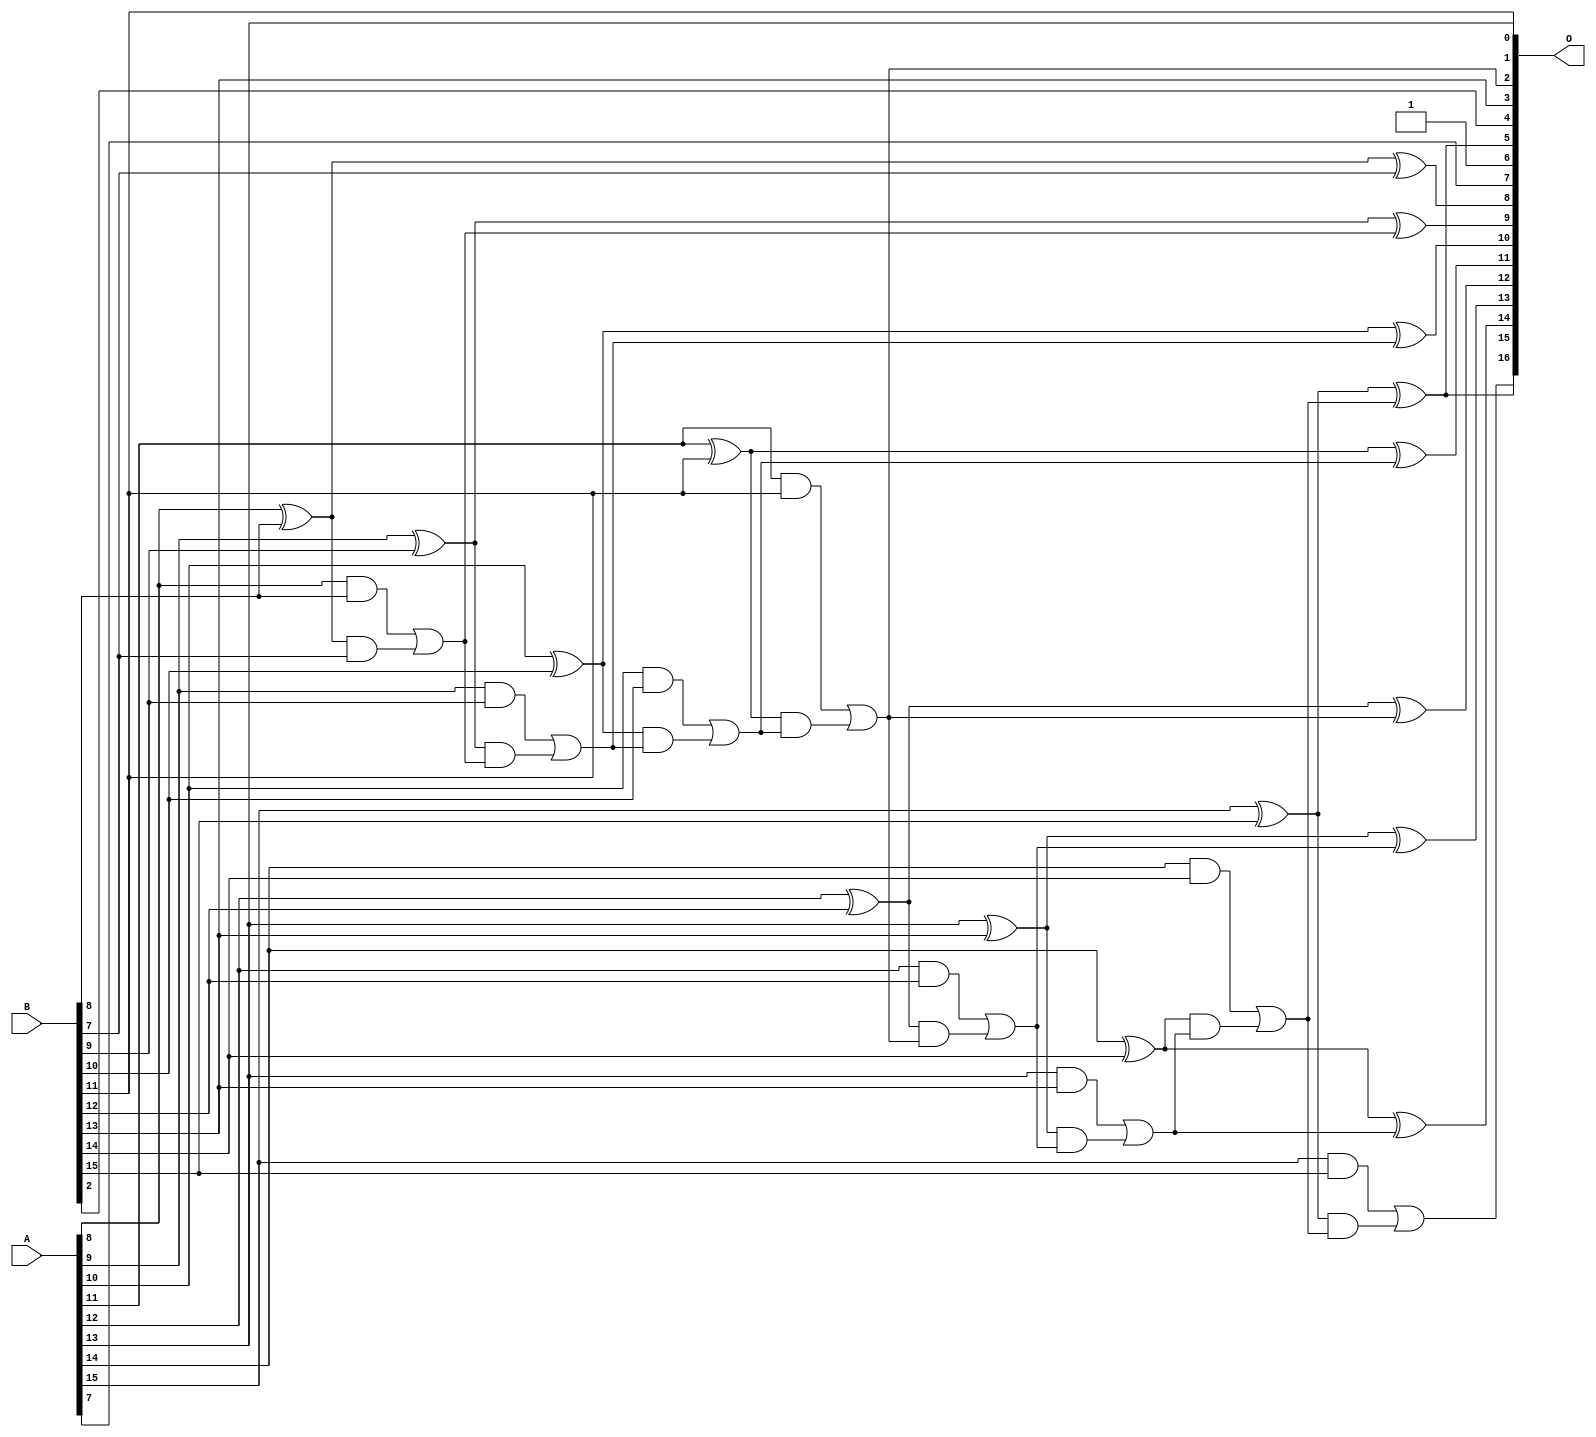
// This program was cloned from: https://github.com/ehw-fit/evoapproxlib
// License: MIT License

/***
* This code is a part of EvoApproxLib library (ehw.fit.vutbr.cz/approxlib) distributed under The MIT License.
* When used, please cite the following article(s):  
* This file contains a circuit from a sub-set of pareto optimal circuits with respect to the pwr and mae parameters
***/
// MAE% = 0.057 %
// MAE = 75 
// WCE% = 0.19 %
// WCE = 251 
// WCRE% = 6300.00 %
// EP% = 99.61 %
// MRE% = 0.16 %
// MSE = 8209 
// PDK45_PWR = 0.036 mW
// PDK45_AREA = 71.3 um2
// PDK45_DELAY = 0.68 ns


module add16u_0M0(A, B, O);
  input [15:0] A, B;
  output [16:0] O;
  wire sig_69, sig_70, sig_71, sig_73, sig_74, sig_75;
  wire sig_76, sig_78, sig_79, sig_80, sig_81, sig_83;
  wire sig_84, sig_85, sig_86, sig_89, sig_90, sig_91;
  wire sig_93, sig_94, sig_95, sig_96, sig_98, sig_99;
  wire sig_100, sig_101, sig_103, sig_104, sig_105, sig_106;
  assign O[6] = 1'b1;
  assign sig_69 = A[8] ^ B[8];
  assign sig_70 = A[8] & B[8];
  assign sig_71 = sig_69 & B[7];
  assign O[8] = sig_69 ^ B[7];
  assign sig_73 = sig_70 | sig_71;
  assign sig_74 = A[9] ^ B[9];
  assign sig_75 = A[9] & B[9];
  assign sig_76 = sig_74 & sig_73;
  assign O[9] = sig_74 ^ sig_73;
  assign sig_78 = sig_75 | sig_76;
  assign sig_79 = A[10] ^ B[10];
  assign sig_80 = A[10] & B[10];
  assign sig_81 = sig_79 & sig_78;
  assign O[10] = sig_79 ^ sig_78;
  assign sig_83 = sig_80 | sig_81;
  assign sig_84 = A[11] ^ B[11];
  assign sig_85 = A[11] & B[11];
  assign sig_86 = sig_84 & sig_83;
  assign O[11] = sig_84 ^ sig_83;
  assign O[2] = sig_85 | sig_86;
  assign sig_89 = A[12] ^ B[12];
  assign sig_90 = A[12] & B[12];
  assign sig_91 = sig_89 & O[2];
  assign O[12] = sig_89 ^ O[2];
  assign sig_93 = sig_90 | sig_91;
  assign sig_94 = A[13] ^ B[13];
  assign sig_95 = A[13] & B[13];
  assign sig_96 = sig_94 & sig_93;
  assign O[13] = sig_94 ^ sig_93;
  assign sig_98 = sig_95 | sig_96;
  assign sig_99 = A[14] ^ B[14];
  assign sig_100 = A[14] & B[14];
  assign sig_101 = sig_99 & sig_98;
  assign O[14] = sig_99 ^ sig_98;
  assign sig_103 = sig_100 | sig_101;
  assign sig_104 = A[15] ^ B[15];
  assign sig_105 = A[15] & B[15];
  assign sig_106 = sig_104 & sig_103;
  assign O[5] = sig_104 ^ sig_103;
  assign O[16] = sig_105 | sig_106;
  assign O[0] = B[11];
  assign O[1] = A[13];
  assign O[3] = B[13];
  assign O[4] = B[2];
  assign O[7] = A[7];
  assign O[15] = O[5];
endmodule